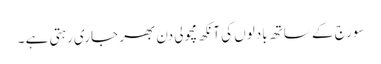
سورج کے ساتھ بادلوں کی آنکھ مچولی دن بھر جاری رہتی ہے ۔